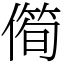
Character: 㒐